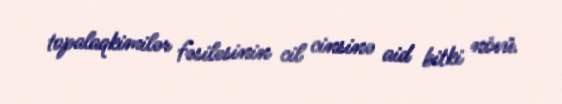
topalaqkimilər fəsiləsinin cil cinsinə aid bitki növü.